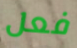
فعل